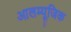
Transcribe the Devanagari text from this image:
आलम्यूजिक